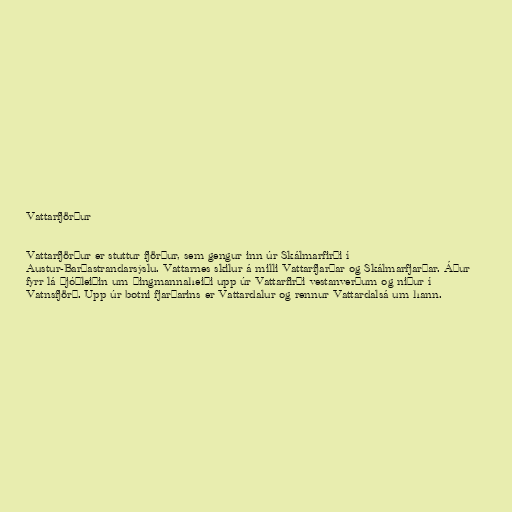
Vattarfjörður

Vattarfjörður er stuttur fjörður, sem gengur inn úr Skálmarfirði í
Austur-Barðastrandarsýslu. Vattarnes skilur á milli Vattarfjarðar og Skálmarfjarðar. Áður
fyrr lá þjóðleiðin um Þingmannaheiði upp úr Vattarfirði vestanverðum og niður í
Vatnsfjörð. Upp úr botni fjarðarins er Vattardalur og rennur Vattardalsá um hann.